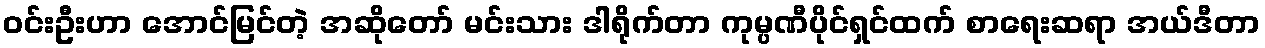
ဝင်းဦးဟာ အောင်မြင်တဲ့ အဆိုတော် မင်းသား ဒါရိုက်တာ ကုမ္ပဏီပိုင်ရှင်ထက် စာရေးဆရာ အယ်ဒီတာ